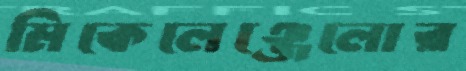
মিকেলেঞ্জেলোর